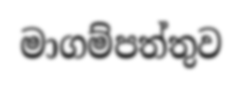
මාගම්පත්තුව